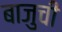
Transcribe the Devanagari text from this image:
बाजुची